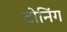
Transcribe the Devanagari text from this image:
टोनिंग